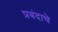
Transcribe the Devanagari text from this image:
प्रबंदाचे